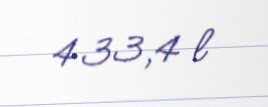
433,4 l